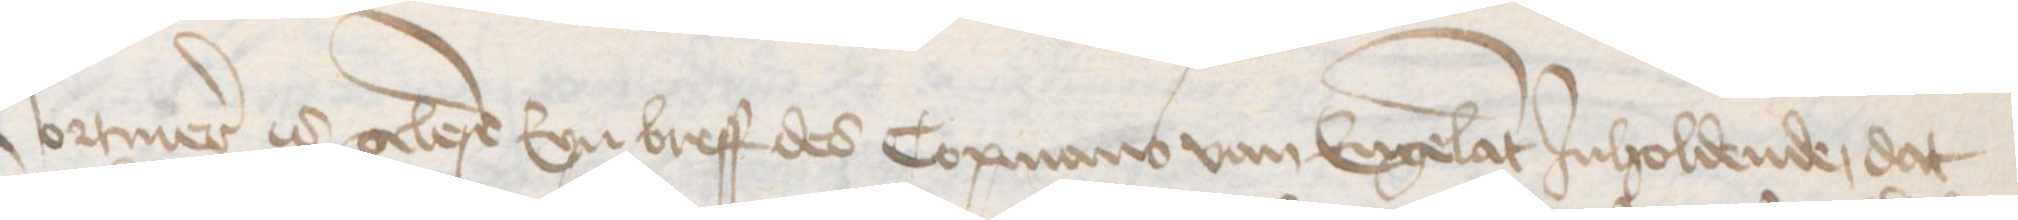
Vormer is gelese Eyn breff des Copmans van Engelant Jnholdende, dat